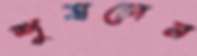
শুষলেন